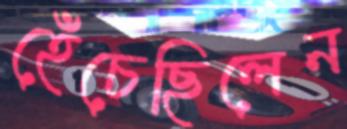
হেঁচেছিলেন